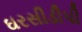
ઘરસીડીપી